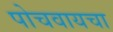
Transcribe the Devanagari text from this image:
पोचवायचा